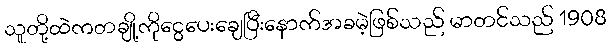
သူတို့ထဲကတချို့ကိုငွေပေးချေပြီးနောက်အခမဲ့ဖြစ်သည် မာတင်သည် 1908